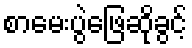
စာမေးပွဲဖြေဆိုခွင့်